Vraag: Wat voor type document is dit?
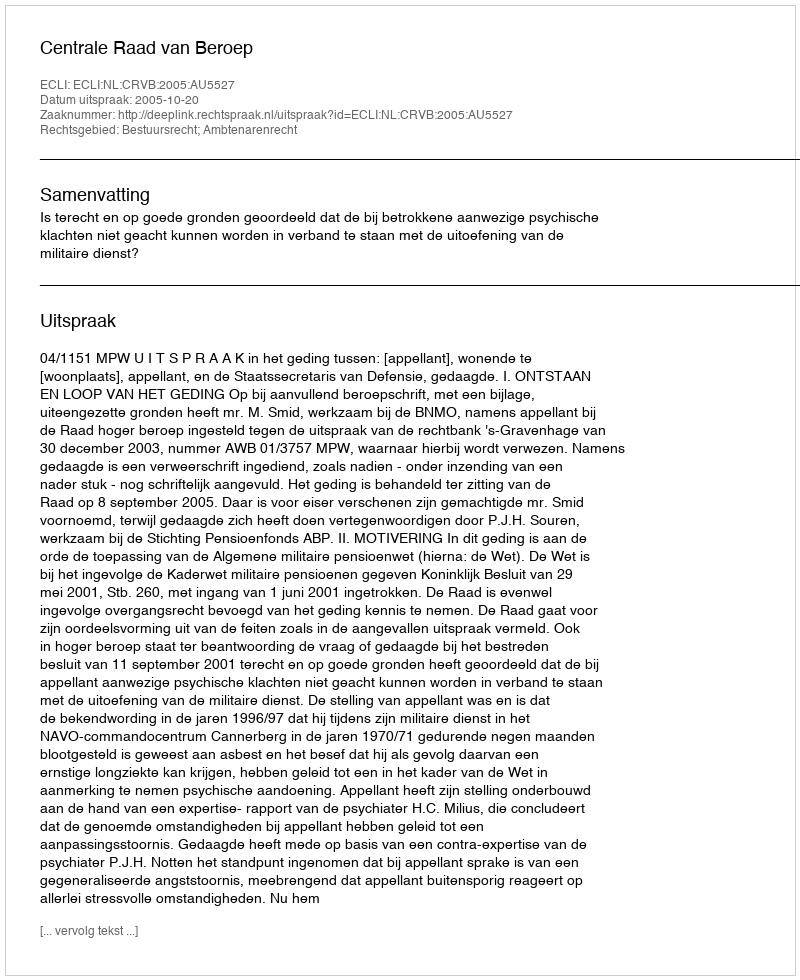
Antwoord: Uitspraak